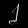
Digit: ၂